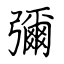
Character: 彌